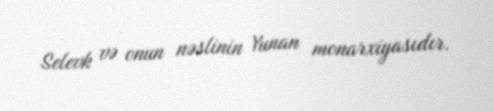
Selevk və onun nəslinin Yunan monarxiyasıdır.